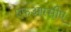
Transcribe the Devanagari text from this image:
एफआरसीए